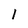
Character: l